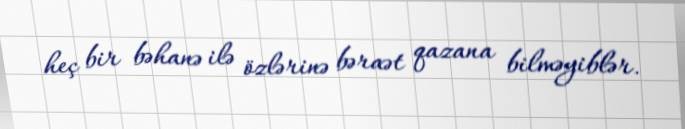
heç bir bəhanə ilə özlərinə bəraət qazana bilməyiblər.